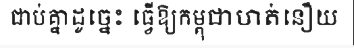
ជាប់គ្នាដូច្នេះ ធ្វើឱ្យកម្ពុជាហត់នឿយ